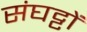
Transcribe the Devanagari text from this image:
संघट्टों